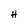
Character: H